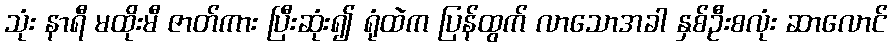
သုံး နာရီ မထိုးမီ ဇာတ်ကား ပြီးဆုံး၍ ရုံထဲက ပြန်ထွက် လာသောအခါ နှစ်ဦးစလုံး ဆာလောင်